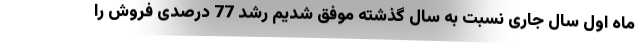
ماه اول سال جاری نسبت به سال گذشته موفق شدیم رشد 77 درصدی فروش را